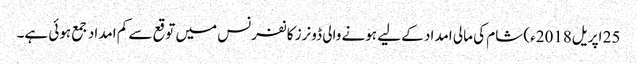
25 اپریل2018ء) شام کی مالی امداد کے لیے ہونے والی ڈونرز کانفرنس میں توقع سے کم امداد جمع ہوئی ہے۔